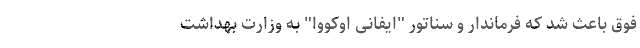
فوق باعث شد که فرماندار و سناتور "ایفانی اوکووا" به وزارت بهداشت